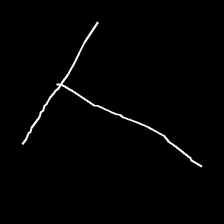
Glyph: column